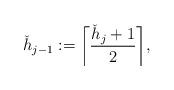
LaTeX: \begin{align*}\check h_{j-1} := \bigg\lceil \frac{\check h_j+1}{2} \bigg\rceil ,\end{align*}